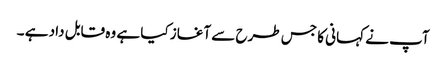
آپ نے کہانی کا جس طرح سے آغاز کیا ہے وہ قابل داد ہے ۔